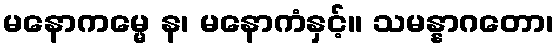
မနောကမ္မေ န၊ မနောကံနှင့်။ သမန္နာဂတော၊